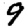
Digit: 9